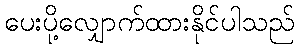
ပေးပို့လျှောက်ထားနိုင်ပါသည်